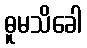
ဓူမသိခေါ